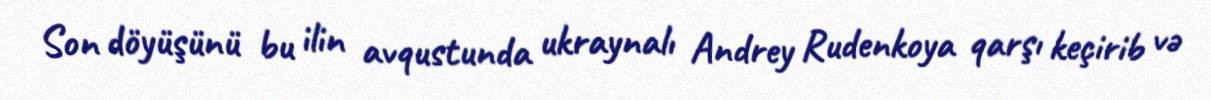
Son döyüşünü bu ilin avqustunda ukraynalı Andrey Rudenkoya qarşı keçirib və